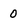
Character: 0